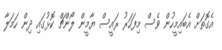
އެގޮތަށް އެބައިމީހުން ވެސް މިފަހަރު ރައީސް ޔާމީން ލޯންޗް ކޮޅުގައި ދިން ހަމަލާ